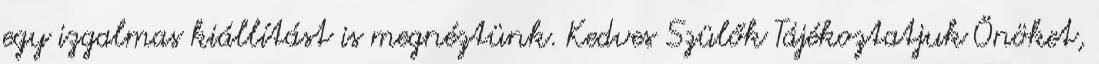
egy izgalmas kiállítást is megnéztünk. Kedves Szülők Tájékoztatjuk Önöket,